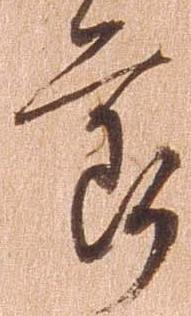
節